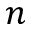
n